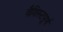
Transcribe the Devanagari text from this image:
वैशिस्टपूर्ण